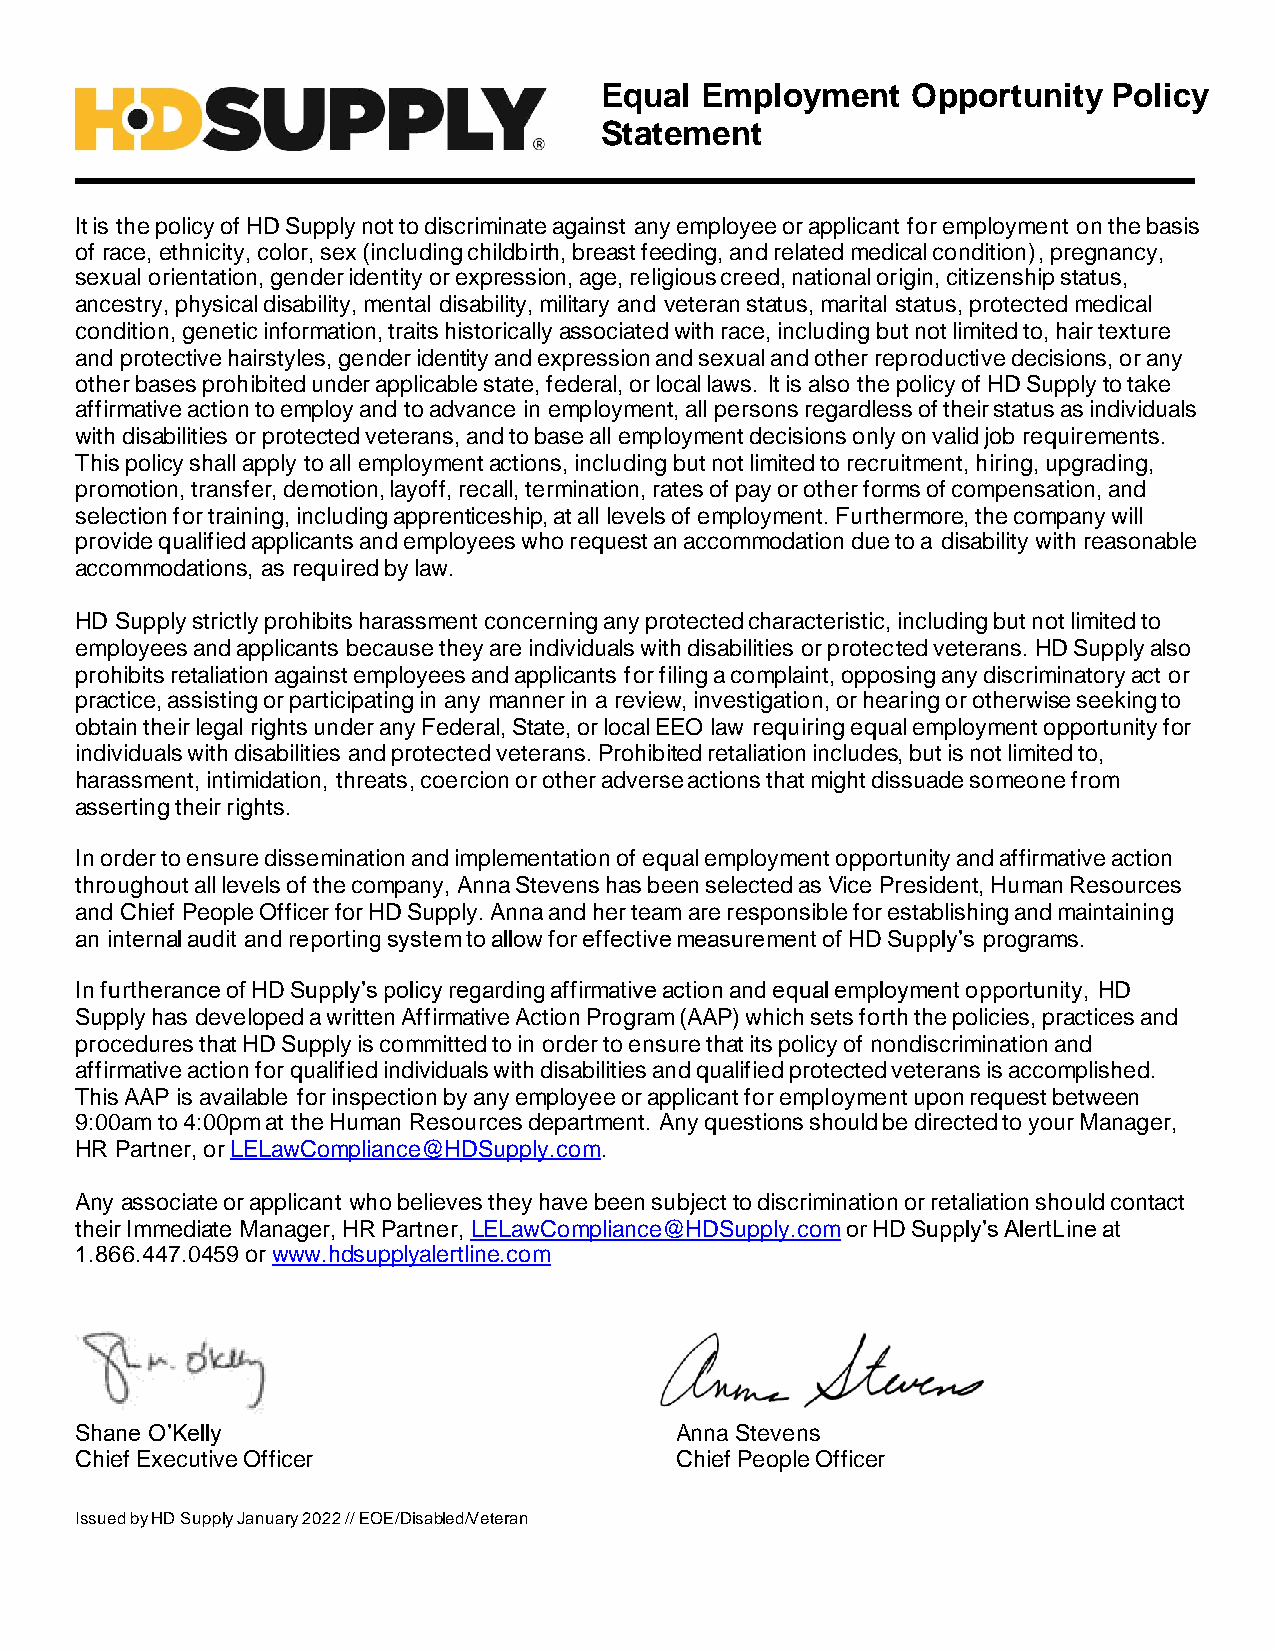
Equal Employment    Opportunity   Policy
 Statement
 It is the policy of HD Supply not to discriminate against any employee or applicant for employment on the basis
 of race, ethnicity, color, sex (including childbirth, breast feeding, and related medical condition), pregnancy,
 sexual orientation, gender identity or expression, age, religious creed, national origin, citizenship status,
 ancestry, physical disability, mental disability, military and veteran status, marital status, protected medical
 condition, genetic information, traits historically associated with race, including but not limited to, hair texture
 and protective hairstyles, gender identity and expression and sexual and other reproductive decisions, or any
 other bases prohibited under applicable state, federal, or local laws. It is also the policy of HD Supply to take
 affirmative action to employ and to advance in employment, all persons regardless of their status as individuals
 with disabilities or protected veterans, and to base all employment decisions only on valid job requirements.
 This policy shall apply to all employment actions, including but not limited to recruitment, hiring, upgrading,
 promotion, transfer, demotion, layoff, recall, termination, rates of pay or other forms of compensation, and
 selection for training, including apprenticeship, at all levels of employment. Furthermore, the company will
 provide qualified applicants and employees who request an accommodation due to a disability with reasonable
 accommodations, as required by law.
 HD Supply strictly prohibits harassment concerning any protected characteristic, including but not limited to
 employees and applicants because they are individuals with disabilities or protected veterans. HD Supply also
 prohibits retaliation against employees and applicants for filing a complaint, opposing any discriminatory act or
 practice, assisting or participating in any manner in a review, investigation, or hearing or otherwise seeking to
 obtain their legal rights under any Federal, State, or local EEO law requiring equal employment opportunity for
 individuals with disabilities and protected veterans. Prohibited retaliation includes, but is not limited to,
 harassment, intimidation, threats, coercion or other adverse actions that might dissuade someone from
 asserting their rights.
 In order to ensure dissemination and implementation of equal employment opportunity and affirmative action
 throughout all levels of the company, Anna Stevens has been selected as Vice President, Human Resources
 and Chief People Officer for HD Supply. Anna and her team are responsible for establishing and maintaining
 an internal audit and reporting system to allow for effective measurement of HD Supply’s programs.
 In furtherance of HD Supply’s policy regarding affirmative action and equal employment opportunity, HD
 Supply has developed a written Affirmative Action Program (AAP) which sets forth the policies, practices and
 procedures that HD Supply is committed to in order to ensure that its policy of nondiscrimination and
 affirmative action for qualified individuals with disabilities and qualified protected veterans is accomplished.
 This AAP is available for inspection by any employee or applicant for employment upon request between
 9:00am to 4:00pm at the Human Resources department. Any questions should be directed to your Manager,
 HR Partner, or LELawCompliance@HDSupply.com.
 Any associate or applicant who believes they have been subject to discrimination or retaliation should contact
 their Immediate Manager, HR Partner, LELawCompliance@HDSupply.com or HD Supply’s AlertLine at
 1.866.447.0459 or www.hdsupplyalertline.com
 Shane O’Kelly                           Anna Stevens
 Chief Executive Officer                 Chief People Officer
 Issued by HD Supply January 2022 // EOE/Disabled/Veteran